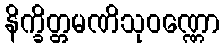
နိက္ခိတ္တမဏိသုဝဏ္ဏော